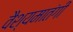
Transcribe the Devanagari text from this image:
वैश्यमातंगी